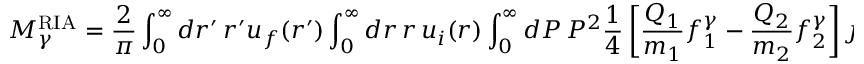
{ \cal M } _ { \gamma } ^ { \mathrm { R I A } } \: \: = \: \: \frac { 2 } { \pi } \int _ { 0 } ^ { \infty } d r ^ { \prime } \, r ^ { \prime } u _ { f } ( r ^ { \prime } ) \int _ { 0 } ^ { \infty } d r \, r \, u _ { i } ( r ) \int _ { 0 } ^ { \infty } d P \, P ^ { 2 } \: \frac { 1 } { 4 } \left[ \frac { Q _ { 1 } } { m _ { 1 } } f _ { 1 } ^ { \gamma } - \frac { Q _ { 2 } } { m _ { 2 } } f _ { 2 } ^ { \gamma } \right] \: j _ { 0 } \left( r ^ { \prime } P \right) j _ { 0 } \left( r P \right) ,